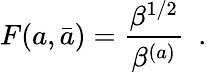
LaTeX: F(a,\bar{a})={\frac{\beta^{1/2}}{\beta^{(a)}}}\ \ .